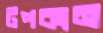
টপকান